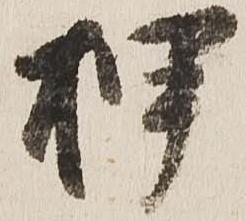
押